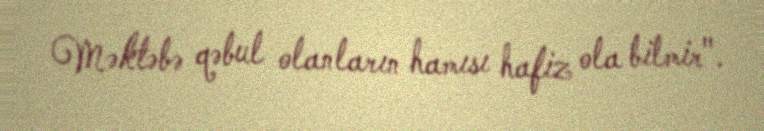
Məktəbə qəbul olanların hamısı hafiz ola bilmir".